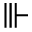
\Vvdash